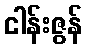
ငါန်းဇွန်